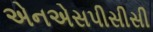
એનએસપીસીસી